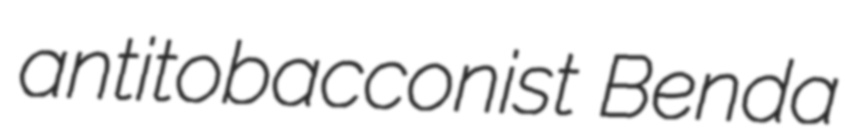
antitobacconist Benda